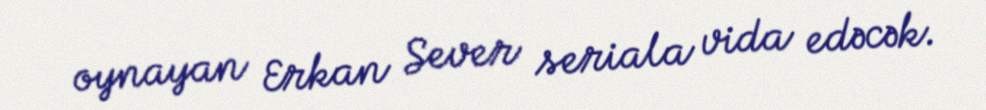
oynayan Erkan Sever seriala vida edəcək.